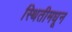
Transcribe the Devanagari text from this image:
स्थितीमधून